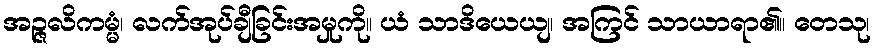
အဉ္ဇလိကမ္မံ၊ လက်အုပ်ချီခြင်းအမှုကို။ ယံ သာဒိယေယျ၊ အကြင် သာယာရာ၏။ တေသု၊